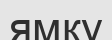
ямку